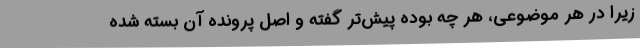
زیرا در هر موضوعی، هر چه بوده پیش‌تر گفته و اصل پرونده آن بسته شده